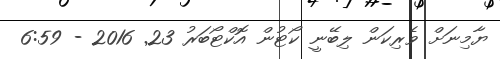
ޔާމިނަށް ވެރިކަން ލިބޭނީ ކޯޓުން އޮކްޓޯބަރު 23